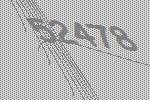
52478